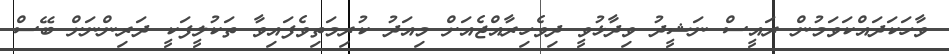
ވާހަކަދައްކަވަމުން ރައީސް ނަޝީދު ވިދާޅުވީ ދިވެހިރާއްޖެއަށް މިއަދު ކުރިމަތިވެފައިވާ ތަކުލީފަކީ ދަރިންނަށް ބޭސް